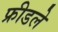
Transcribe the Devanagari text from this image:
फ्रीडले